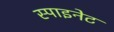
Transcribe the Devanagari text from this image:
स्पाइनेट